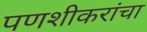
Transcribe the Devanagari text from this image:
पणशीकरांचा